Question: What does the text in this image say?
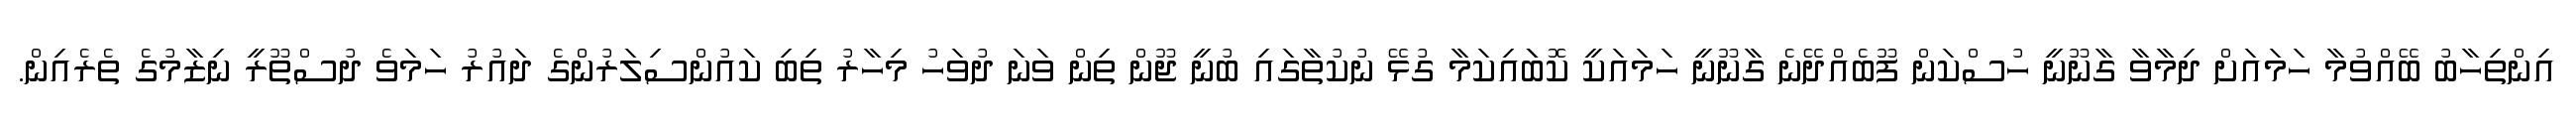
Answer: އިންތިހާބު ބޭއްވުމާ ހަމައަށް ދިމާވާ ގާނޫނީ ހުސްކަން ފޫބެއްދޭނެ ގާނޫނީ ހަމައަކީ ކޮބަައިކަމާ ގުޅޭ ނުކުތާގައި ބުނީ ޖޫން ތިން ވަނަ ދުވަހު މިހާރު ތިބި ކައުންސިލަރުންގެ ދައުރު ހަމަވެ ދުސްތޫރީ ނިޒާމުގެ ތެރެއިން.